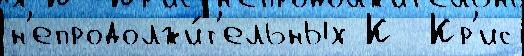
н'епродолжи́т'ельных К  Кр'ис